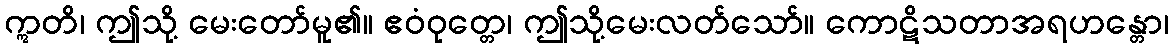
ဣတိ၊ ဤသို့ မေးတော်မူ၏။ ဧဝံဝုတ္တေ၊ ဤသို့မေးလတ်သော်။ ကောဋိသတာအရဟန္တော၊